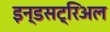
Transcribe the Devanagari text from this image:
इन्डसट्रिअल